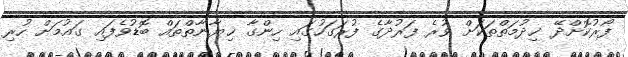
ފޯރުކޮށްދޭ ޚިދުމަތްތަކަށް ވުރެ ފަރުދާގެ ފުރަގަހުގައި ހިންގާ ޚިޔާނާތްތައް ބޮޑުވެފައި ގައުމަށް ހުރި